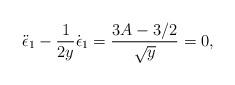
LaTeX: \begin{align*}\ddot{\epsilon}_1 - \frac{1}{2y} \dot{\epsilon}_1 =\frac{3A-3/2}{\sqrt{y}} = 0,\end{align*}